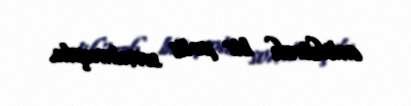
enlikürək bir polis soxulmuşdu.